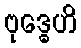
ဗုဒ္ဓေဟိ